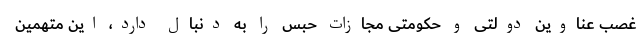
غصب عناوین دولتی و حکومتی مجازات حبس را به دنبال دارد، این متهمین